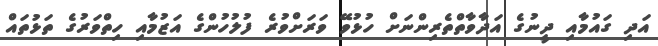
އަދި ގައުމާއި ދީނުގެ އަދާވާތްތެރިންނަށް ހުޅުވޭ ވަރަށްވުރެ ފުލުހުންގެ އަޒުމާއި ހިތްވަރުގެ ތަޅުތައް